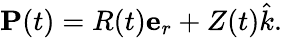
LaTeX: {\textbf{P}}(t)=R(t){\textbf{e}}_{r}+Z(t){\hat{k}}.